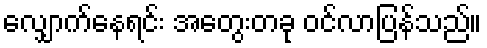
လျှောက်နေရင်း အတွေးတခု ဝင်လာပြန်သည်။